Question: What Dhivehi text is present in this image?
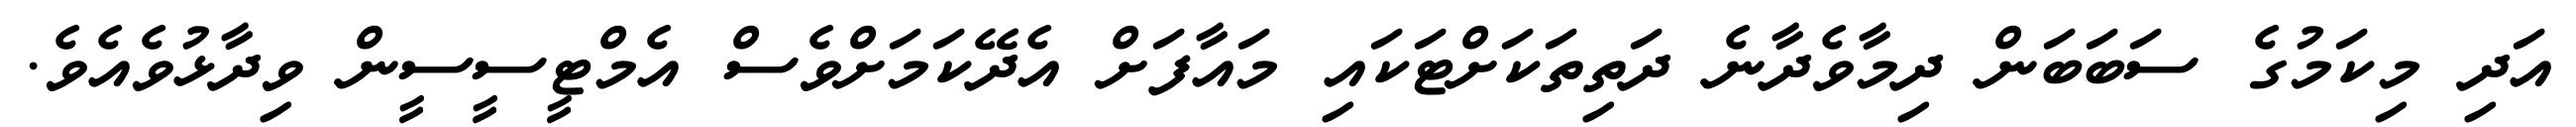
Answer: އަދި މިކަމުގެ ސަބަބަން ދިމާވެދާނެ ދަތިތަކަށްޓަކައި މައާފަށް އެދޭކަމަށްވެސް އެމްޓީސީސީން ވިދާޅުވެއެވެ.